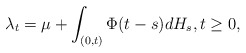
\begin{align*}\lambda_t = \mu + \int_{(0,t)} \Phi(t-s) dH_s, t\geq 0,\end{align*}